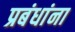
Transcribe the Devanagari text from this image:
प्रबंधांना